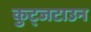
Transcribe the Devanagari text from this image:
कुट्जटाउन